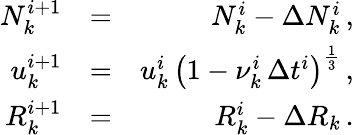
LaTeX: \begin{array}{rlr}{N_{k}^{i+1}}&{=}&{N_{k}^{i}-\Delta N_{k}^{i}\, ,}\\ {u_{k}^{i+1}}&{=}&{u_{k}^{i}\, \left(1-\nu_{k}^{i}\, \Delta t^{i}\right)^{\frac{1}{3}}\, ,}\\ {R_{k}^{i+1}}&{=}&{R_{k}^{i}-\Delta R_{k}\, .}\end{array}